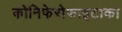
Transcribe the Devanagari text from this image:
कोनिफेरोफाइटाका